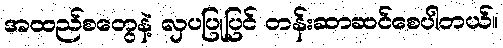
အထည်စတွေနဲ့ လှပပြုပြင် တန်းဆာဆင်စေပါတယ်။